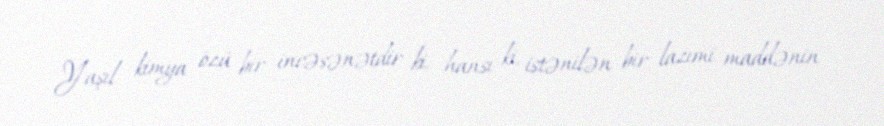
Yaşıl kimya özü bir incəsənətdir ki, hansı ki, istənilən bir lazımi maddənin